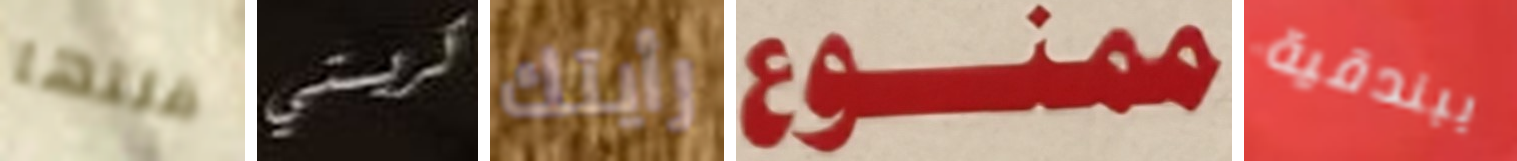
قلتها كريستي رأيتك ممنوع ببندقية